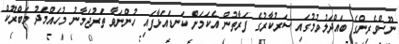
ނޫސްވެރިންގެ ބައްދަލުވުމުގައި ސަރުކާރުގެ ފަރާތުން އެކަމަށް ކަނޑައަޅާފައި ހުންނަވާ ތަރުޖަމާނު މުހައްމަދު މަބްރޫކް